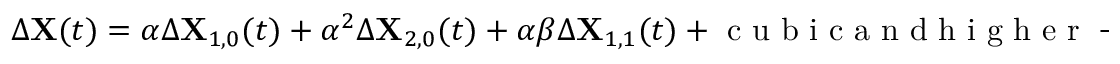
\begin{array} { r } { \Delta \mathbf { X } ( t ) = \alpha \Delta \mathbf { X } _ { 1 , 0 } ( t ) + \alpha ^ { 2 } \Delta \mathbf { X } _ { 2 , 0 } ( t ) + \alpha \beta \Delta \mathbf { X } _ { 1 , 1 } ( t ) + \mathrm { ~ c ~ u ~ b ~ i ~ c ~ a ~ n ~ d ~ h ~ i ~ g ~ h ~ e ~ r ~ - ~ o ~ r ~ d ~ e ~ r ~ t ~ e ~ r ~ m ~ s ~ } , } \end{array}